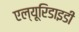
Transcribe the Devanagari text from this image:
एल्यूरिडाइडी